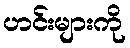
ဟင်းများကို